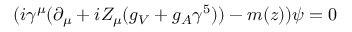
( i \gamma ^ { \mu } ( \partial _ { \mu } + i Z _ { \mu } ( g _ { V } + g _ { A } \gamma ^ { 5 } ) ) - m ( z ) ) \psi = 0